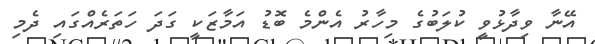
އޭނާ ވިދާޅުވީ ކުލަބުގެ މިހާރު އެންމެ ބޮޑު އަމާޒަކީ ގަދަ ހަތަރެއްގައި ދެމި